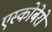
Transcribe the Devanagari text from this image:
एस्कोबेरो